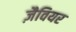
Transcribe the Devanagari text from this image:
ज़ैवियर